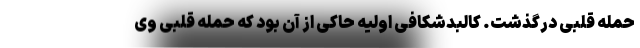
حمله قلبی درگذشت. کالبدشکافی اولیه حاکی از آن بود که حمله قلبی وی